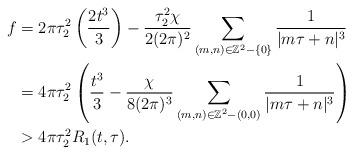
LaTeX: \begin{align*}f&=2\pi\tau_2^2\left(\frac{2t^3}{3}\right)-\frac{\tau_2^2\chi}{2(2\pi)^2}\sum_{(m,n)\in \mathbb{Z}^2-\{0\}}\frac{1}{|m\tau+n|^3}\\&=4\pi \tau_2^2\left(\frac{t^3}{3}-\frac{\chi}{8(2\pi)^3}\sum_{(m,n)\in \mathbb{Z}^2-(0,0)}\frac{1}{|m\tau+n|^3}\right)\,\\&>4\pi\tau_2^2R_1(t,\tau).\end{align*}